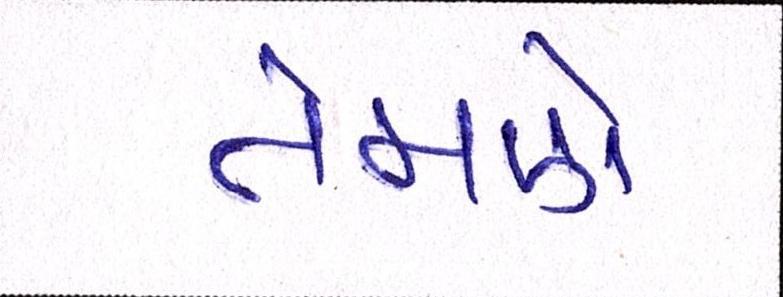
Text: તેમણે